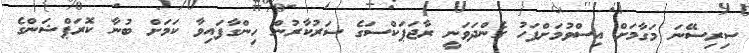
ސިރިސޭނަ މަގާމަށް އިސްވުމަށްފަހު ގެންދަވަނީ ރާޖަޕަކްސަގެ ސަރުކާރުން ހިންގާފައިވާ ކަމަށް ބުނާ ކޮރަޕްޝަންގެ